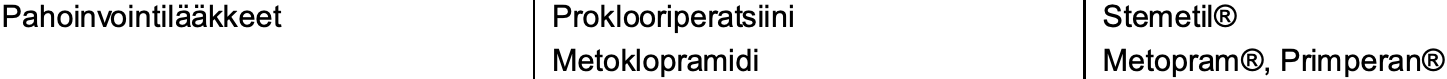
Pahoinvointilääkkeet Proklooriperatsiini Stemetil® Metoklopramidi     Metopram®, Primperan®